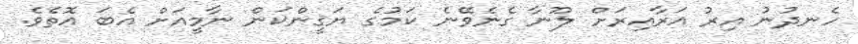
ހެނދުނު އިރު އަރާއިރަށް ލޫނާ ގެނެވޭނެ ކަމުގެ ޔަޤީންކަން ނާމީއަށް އެބަ އޮތެވެ.